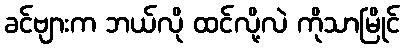
ခင်ဗျားက ဘယ်လို ထင်လို့လဲ ကိုသာမြိုင်